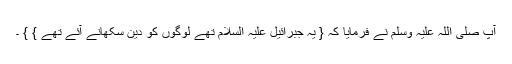
آپ صلی اللہ علیہ وسلم نے فرمایا کہ { یہ جبرائیل علیہ السلام تھے لوگوں کو دین سکھانے آئے تھے } } ۔